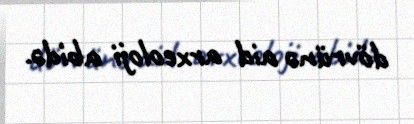
dövrünə aid arxeoloji abidə.